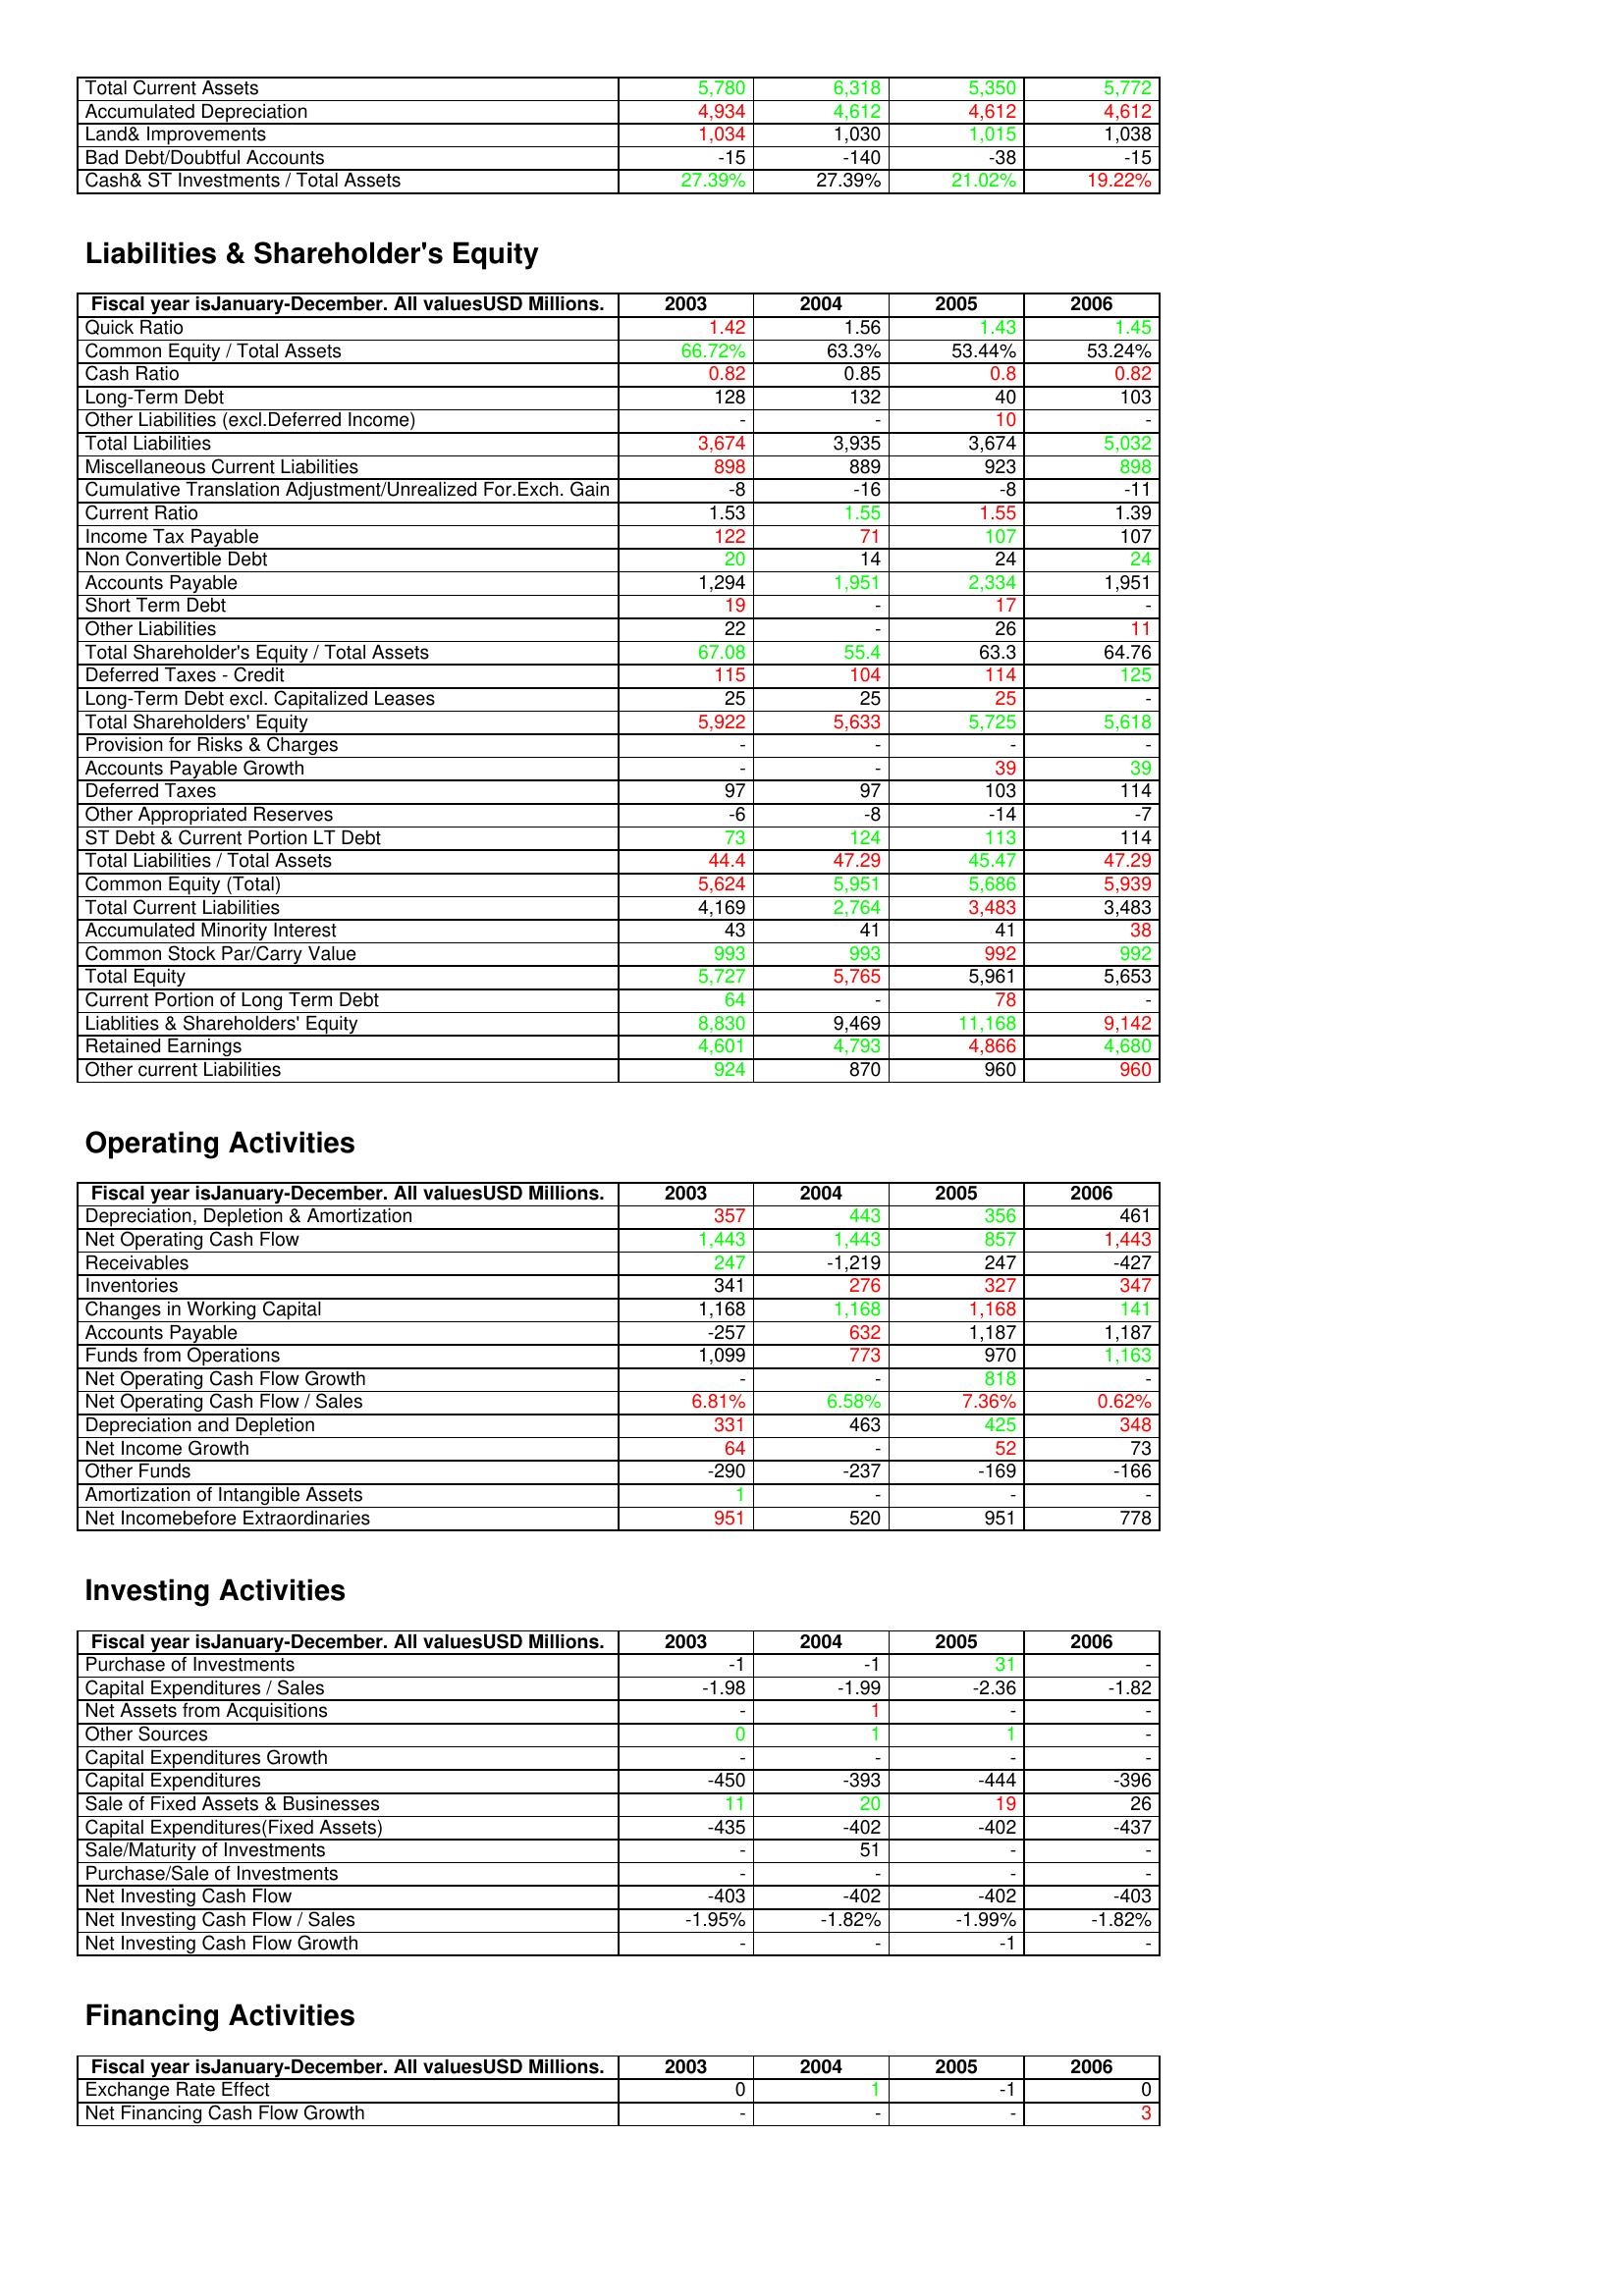
gt_parse: 2003: Assets: Total Current Assets: 5,780
Accumulated Depreciation: 4,934
Land& Improvements: 1,034
Bad Debt/Doubtful Accounts: -15
Cash& ST Investments / Total Assets: 27.39%
Liabilities & Shareholder's Equity: Quick Ratio: 1.42
Common Equity / Total Assets: 66.72%
Cash Ratio: 0.82
Long-Term Debt: 128
Other Liabilities (excl.Deferred Income): -
Total Liabilities: 3,674
Miscellaneous Current Liabilities: 898
Cumulative Translation Adjustment/Unrealized For.Exch. Gain: -8
Current Ratio: 1.53
Income Tax Payable: 122
Non Convertible Debt: 20
Accounts Payable: 1,294
Short Term Debt: 19
Other Liabilities: 22
Total Shareholder's Equity / Total Assets: 67.08
Deferred Taxes - Credit: 115
Long-Term Debt excl. Capitalized Leases: 25
Total Shareholders' Equity: 5,922
Provision for Risks & Charges: -
Accounts Payable Growth: -
Deferred Taxes: 97
Other Appropriated Reserves: -6
ST Debt & Current Portion LT Debt: 73
Total Liabilities / Total Assets: 44.4
Common Equity (Total): 5,624
Total Current Liabilities: 4,169
Accumulated Minority Interest: 43
Common Stock Par/Carry Value: 993
Total Equity: 5,727
Current Portion of Long Term Debt: 64
Liablities & Shareholders' Equity: 8,830
Retained Earnings: 4,601
Other current Liabilities: 924
Operating Activities: Depreciation, Depletion & Amortization: 357
Net Operating Cash Flow: 1,443
Receivables: 247
Inventories: 341
Changes in Working Capital: 1,168
Accounts Payable: -257
Funds from Operations: 1,099
Net Operating Cash Flow Growth: -
Net Operating Cash Flow / Sales: 6.81%
Depreciation and Depletion: 331
Net Income Growth: 64
Other Funds: -290
Amortization of Intangible Assets: 1
Net Incomebefore Extraordinaries: 951
Investing Activities: Purchase of Investments: -1
Capital Expenditures / Sales: -1.98
Net Assets from Acquisitions: -
Other Sources: 0
Capital Expenditures Growth: -
Capital Expenditures: -450
Sale of Fixed Assets & Businesses: 11
Capital Expenditures(Fixed Assets): -435
Sale/Maturity of Investments: -
Purchase/Sale of Investments: -
Net Investing Cash Flow: -403
Net Investing Cash Flow / Sales: -1.95%
Net Investing Cash Flow Growth: -
Financing Activities: Exchange Rate Effect: 0
Net Financing Cash Flow Growth: -
2004: Assets: Total Current Assets: 6,318
Accumulated Depreciation: 4,612
Land& Improvements: 1,030
Bad Debt/Doubtful Accounts: -140
Cash& ST Investments / Total Assets: 27.39%
Liabilities & Shareholder's Equity: Quick Ratio: 1.56
Common Equity / Total Assets: 63.3%
Cash Ratio: 0.85
Long-Term Debt: 132
Other Liabilities (excl.Deferred Income): -
Total Liabilities: 3,935
Miscellaneous Current Liabilities: 889
Cumulative Translation Adjustment/Unrealized For.Exch. Gain: -16
Current Ratio: 1.55
Income Tax Payable: 71
Non Convertible Debt: 14
Accounts Payable: 1,951
Short Term Debt: -
Other Liabilities: -
Total Shareholder's Equity / Total Assets: 55.4
Deferred Taxes - Credit: 104
Long-Term Debt excl. Capitalized Leases: 25
Total Shareholders' Equity: 5,633
Provision for Risks & Charges: -
Accounts Payable Growth: -
Deferred Taxes: 97
Other Appropriated Reserves: -8
ST Debt & Current Portion LT Debt: 124
Total Liabilities / Total Assets: 47.29
Common Equity (Total): 5,951
Total Current Liabilities: 2,764
Accumulated Minority Interest: 41
Common Stock Par/Carry Value: 993
Total Equity: 5,765
Current Portion of Long Term Debt: -
Liablities & Shareholders' Equity: 9,469
Retained Earnings: 4,793
Other current Liabilities: 870
Operating Activities: Depreciation, Depletion & Amortization: 443
Net Operating Cash Flow: 1,443
Receivables: -1,219
Inventories: 276
Changes in Working Capital: 1,168
Accounts Payable: 632
Funds from Operations: 773
Net Operating Cash Flow Growth: -
Net Operating Cash Flow / Sales: 6.58%
Depreciation and Depletion: 463
Net Income Growth: -
Other Funds: -237
Amortization of Intangible Assets: -
Net Incomebefore Extraordinaries: 520
Investing Activities: Purchase of Investments: -1
Capital Expenditures / Sales: -1.99
Net Assets from Acquisitions: 1
Other Sources: 1
Capital Expenditures Growth: -
Capital Expenditures: -393
Sale of Fixed Assets & Businesses: 20
Capital Expenditures(Fixed Assets): -402
Sale/Maturity of Investments: 51
Purchase/Sale of Investments: -
Net Investing Cash Flow: -402
Net Investing Cash Flow / Sales: -1.82%
Net Investing Cash Flow Growth: -
Financing Activities: Exchange Rate Effect: 1
Net Financing Cash Flow Growth: -
2005: Assets: Total Current Assets: 5,350
Accumulated Depreciation: 4,612
Land& Improvements: 1,015
Bad Debt/Doubtful Accounts: -38
Cash& ST Investments / Total Assets: 21.02%
Liabilities & Shareholder's Equity: Quick Ratio: 1.43
Common Equity / Total Assets: 53.44%
Cash Ratio: 0.8
Long-Term Debt: 40
Other Liabilities (excl.Deferred Income): 10
Total Liabilities: 3,674
Miscellaneous Current Liabilities: 923
Cumulative Translation Adjustment/Unrealized For.Exch. Gain: -8
Current Ratio: 1.55
Income Tax Payable: 107
Non Convertible Debt: 24
Accounts Payable: 2,334
Short Term Debt: 17
Other Liabilities: 26
Total Shareholder's Equity / Total Assets: 63.3
Deferred Taxes - Credit: 114
Long-Term Debt excl. Capitalized Leases: 25
Total Shareholders' Equity: 5,725
Provision for Risks & Charges: -
Accounts Payable Growth: 39
Deferred Taxes: 103
Other Appropriated Reserves: -14
ST Debt & Current Portion LT Debt: 113
Total Liabilities / Total Assets: 45.47
Common Equity (Total): 5,686
Total Current Liabilities: 3,483
Accumulated Minority Interest: 41
Common Stock Par/Carry Value: 992
Total Equity: 5,961
Current Portion of Long Term Debt: 78
Liablities & Shareholders' Equity: 11,168
Retained Earnings: 4,866
Other current Liabilities: 960
Operating Activities: Depreciation, Depletion & Amortization: 356
Net Operating Cash Flow: 857
Receivables: 247
Inventories: 327
Changes in Working Capital: 1,168
Accounts Payable: 1,187
Funds from Operations: 970
Net Operating Cash Flow Growth: 818
Net Operating Cash Flow / Sales: 7.36%
Depreciation and Depletion: 425
Net Income Growth: 52
Other Funds: -169
Amortization of Intangible Assets: -
Net Incomebefore Extraordinaries: 951
Investing Activities: Purchase of Investments: 31
Capital Expenditures / Sales: -2.36
Net Assets from Acquisitions: -
Other Sources: 1
Capital Expenditures Growth: -
Capital Expenditures: -444
Sale of Fixed Assets & Businesses: 19
Capital Expenditures(Fixed Assets): -402
Sale/Maturity of Investments: -
Purchase/Sale of Investments: -
Net Investing Cash Flow: -402
Net Investing Cash Flow / Sales: -1.99%
Net Investing Cash Flow Growth: -1
Financing Activities: Exchange Rate Effect: -1
Net Financing Cash Flow Growth: -
2006: Assets: Total Current Assets: 5,772
Accumulated Depreciation: 4,612
Land& Improvements: 1,038
Bad Debt/Doubtful Accounts: -15
Cash& ST Investments / Total Assets: 19.22%
Liabilities & Shareholder's Equity: Quick Ratio: 1.45
Common Equity / Total Assets: 53.24%
Cash Ratio: 0.82
Long-Term Debt: 103
Other Liabilities (excl.Deferred Income): -
Total Liabilities: 5,032
Miscellaneous Current Liabilities: 898
Cumulative Translation Adjustment/Unrealized For.Exch. Gain: -11
Current Ratio: 1.39
Income Tax Payable: 107
Non Convertible Debt: 24
Accounts Payable: 1,951
Short Term Debt: -
Other Liabilities: 11
Total Shareholder's Equity / Total Assets: 64.76
Deferred Taxes - Credit: 125
Long-Term Debt excl. Capitalized Leases: -
Total Shareholders' Equity: 5,618
Provision for Risks & Charges: -
Accounts Payable Growth: 39
Deferred Taxes: 114
Other Appropriated Reserves: -7
ST Debt & Current Portion LT Debt: 114
Total Liabilities / Total Assets: 47.29
Common Equity (Total): 5,939
Total Current Liabilities: 3,483
Accumulated Minority Interest: 38
Common Stock Par/Carry Value: 992
Total Equity: 5,653
Current Portion of Long Term Debt: -
Liablities & Shareholders' Equity: 9,142
Retained Earnings: 4,680
Other current Liabilities: 960
Operating Activities: Depreciation, Depletion & Amortization: 461
Net Operating Cash Flow: 1,443
Receivables: -427
Inventories: 347
Changes in Working Capital: 141
Accounts Payable: 1,187
Funds from Operations: 1,163
Net Operating Cash Flow Growth: -
Net Operating Cash Flow / Sales: 0.62%
Depreciation and Depletion: 348
Net Income Growth: 73
Other Funds: -166
Amortization of Intangible Assets: -
Net Incomebefore Extraordinaries: 778
Investing Activities: Purchase of Investments: -
Capital Expenditures / Sales: -1.82
Net Assets from Acquisitions: -
Other Sources: -
Capital Expenditures Growth: -
Capital Expenditures: -396
Sale of Fixed Assets & Businesses: 26
Capital Expenditures(Fixed Assets): -437
Sale/Maturity of Investments: -
Purchase/Sale of Investments: -
Net Investing Cash Flow: -403
Net Investing Cash Flow / Sales: -1.82%
Net Investing Cash Flow Growth: -
Financing Activities: Exchange Rate Effect: 0
Net Financing Cash Flow Growth: 3